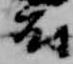
府